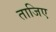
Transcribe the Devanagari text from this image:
ताजिए